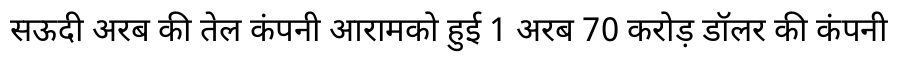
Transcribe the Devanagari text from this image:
सऊदी अरब की तेल कंपनी आरामको हुई 1 अरब 70 करोड़ डॉलर की कंपनी